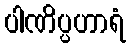
ပါဏိပ္ပဟာရံ